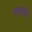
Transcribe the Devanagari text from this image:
तमाशांत